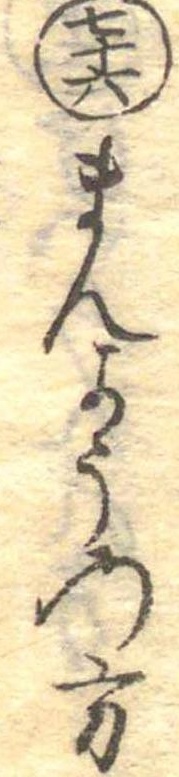
七十六まんようの方